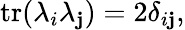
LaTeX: \operatorname{tr}(\lambda_{i}\lambda_{\mathbf{j}})=2\delta_{i\mathbf{j}},